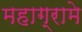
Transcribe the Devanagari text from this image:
महाग्रामे